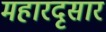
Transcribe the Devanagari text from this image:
महारदृसार